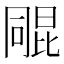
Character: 𣬑